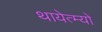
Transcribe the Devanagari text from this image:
थायेत्म्यो